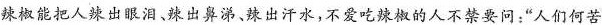
辣椒能把人辣出眼泪、辣出鼻涕、辣出汗水，不爱吃辣椒的人不禁要问：”人们何苦